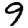
Digit: 9